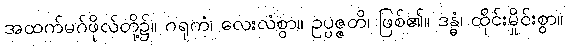
အထက်မဂ်ဖိုလ်တို့၌။ ဂရုကံ၊ လေးလံစွာ။ ဥပ္ပဇ္ဇတိ၊ ဖြစ်၏။ ဒန္ဓံ၊ ထိုင်းမှိုင်းစွာ။